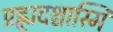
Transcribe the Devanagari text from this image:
प्रह्लादश्चास्मि